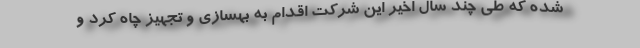
شده که طی چند سال اخیر این شرکت اقدام به بهسازی و تجهیز چاه کرد و